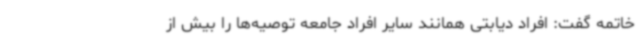
خاتمه گفت: افراد دیابتی همانند سایر افراد جامعه توصیه‌ها را بیش از